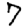
Digit: 7